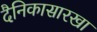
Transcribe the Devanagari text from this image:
दैनिकासारखा